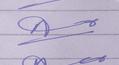
Signature authenticity: forged